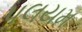
પલયમ